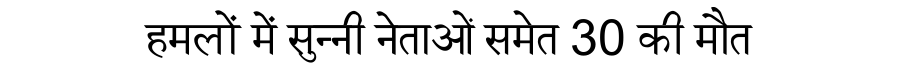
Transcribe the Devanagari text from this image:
हमलों में सुन्नी नेताओं समेत 30 की मौत